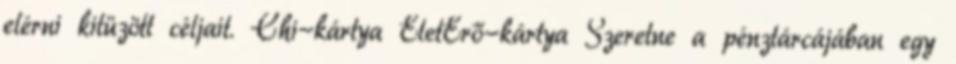
elérni kitüzött céljait. Chi-kártya ÉletErő-kártya Szeretne a pénztárcájában egy